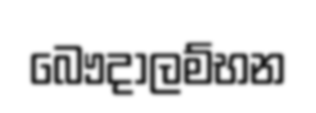
බෞදාලම්භන